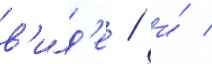
в'илд'е / и́ /